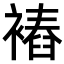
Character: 𧜧